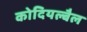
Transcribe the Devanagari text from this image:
कोदियल्बैल